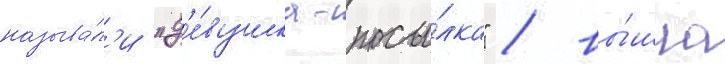
называ́л'и "д'е́вушка-посы́лка" / вы́шла